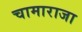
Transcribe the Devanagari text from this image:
चामाराजा